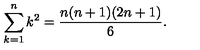
\sum _ { k = 1 } ^ { n } k ^ { 2 } = \frac { n ( n + 1 ) ( 2 n + 1 ) } { 6 } .